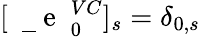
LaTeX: [\mathrm{~\mathbf~\underline{~}{~e~}~}_{0}^{VC}]_{s}=\delta_{0,s}